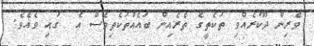
ވެރިން ދޫކުރެއްވި ތަކެތީގެ ތެރެއިން ބައެއްތަކެތިވެސް އެ  ގައި ވެއެވެ.